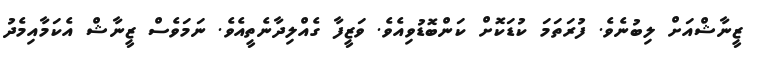
ޒީނާޝްއަށް ލިބުނެވެ. ފުރަތަމަ ކުޑަކޮށް ކަންބޮޑުވިއެވެ. ވަޒީފާ ގެއްލިދާނެތީއެވެ. ނަމަވެސް ޒީނާޝް އެކަމާއިމެދު